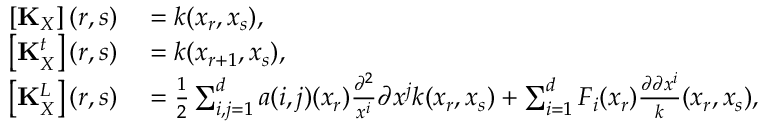
\begin{array} { r l } { \left[ \mathbf { K } _ { X } \right] ( r , s ) } & { { } = k ( x _ { r } , x _ { s } ) , } \\ { \left[ \mathbf { K } _ { X } ^ { t } \right] ( r , s ) } & { { } = k ( x _ { r + 1 } , x _ { s } ) , } \\ { \left[ \mathbf { K } _ { X } ^ { L } \right] ( r , s ) } & { { } = \frac { 1 } { 2 } \sum _ { i , j = 1 } ^ { d } a ( i , j ) ( x _ { r } ) \frac { \partial ^ { 2 } } { x ^ { i } } { \partial x ^ { j } } k ( x _ { r } , x _ { s } ) + \sum _ { i = 1 } ^ { d } F _ { i } ( x _ { r } ) \frac { \partial \partial x ^ { i } } k ( x _ { r } , x _ { s } ) , } \end{array}